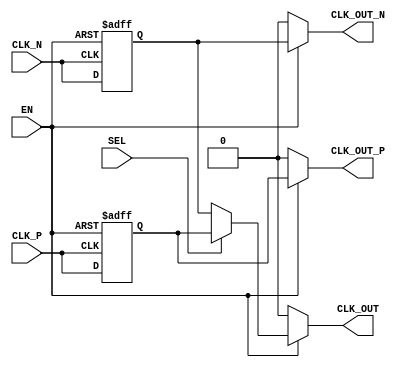
module differential_clock_buffer (
    input wire CLK_P,        // Positive differential clock input
    input wire CLK_N,        // Negative differential clock input
    input wire EN,          // Enable signal for the buffer operation
    input wire SEL,         // Select signal for single-ended output
    output reg CLK_OUT_P,    // Positive output clock signal
    output reg CLK_OUT_N,    // Negative output clock signal
    output reg CLK_OUT       // Single-ended output clock signal
);

// Internal registers for buffered clock signals
reg CLK_BUF_P;
reg CLK_BUF_N;

// Sampled clock signals for output
always @(posedge CLK_P or negedge EN) begin
    if (!EN) begin
        CLK_BUF_P <= 1'b0;   // Disable output when EN is low
    end else begin
        CLK_BUF_P <= CLK_P;   // Buffer positive clock input
    end
end

always @(negedge CLK_N or negedge EN) begin
    if (!EN) begin
        CLK_BUF_N <= 1'b0;   // Disable output when EN is low
    end else begin
        CLK_BUF_N <= CLK_N;   // Buffer negative clock input
    end
end

// Generate differential outputs based on enable signal
always @(*) begin
    if (EN) begin
        CLK_OUT_P = CLK_BUF_P; // Drive positive output
        CLK_OUT_N = CLK_BUF_N; // Drive negative output
        if (SEL) begin
            // Convert to single-ended output if SEL is high
            CLK_OUT = CLK_BUF_P; // Use positive clock as single-ended output
        end else begin
            CLK_OUT = CLK_BUF_N; // Alternatively, use negative clock
        end
    end else begin
        CLK_OUT_P = 1'b0; // Disable positive output when EN is low
        CLK_OUT_N = 1'b0; // Disable negative output when EN is low
        CLK_OUT = 1'b0;    // Disable single-ended output when EN is low
    end
end

endmodule